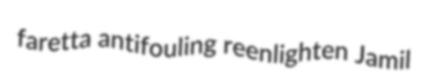
faretta antifouling reenlighten Jamil